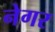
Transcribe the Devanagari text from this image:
नेगर